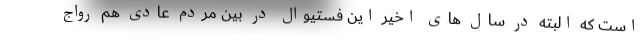
است که البته در سال های اخیر این فستیوال در بین مردم عادی هم رواج